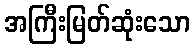
အကြီးမြတ်ဆုံးသော